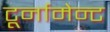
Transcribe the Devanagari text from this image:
टूर्नामेन्‍ट